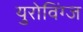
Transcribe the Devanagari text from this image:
युरोविंग्ज